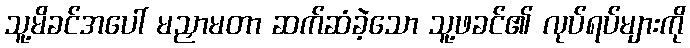
သူ့မိခင်အပေါ် မညှာမတာ ဆက်ဆံခဲ့သော သူ့ဖခင်၏ လုပ်ရပ်များကို